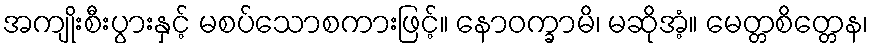
အကျိုးစီးပွားနှင့် မစပ်သောစကားဖြင့်။ နောဝက္ခာမိ၊ မဆိုအံ့။ မေတ္တစိတ္တေန၊